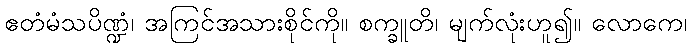
ဧတံမံသပိဏ္ဍံ၊ အကြင်အသားစိုင်ကို။ စက္ခူတိ၊ မျက်လုံးဟူ၍။ လောကေ၊